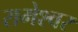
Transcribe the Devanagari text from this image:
रामेश्वर